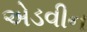
એડવીન